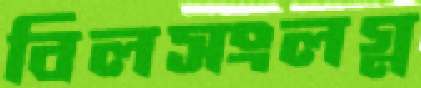
বিলসংলগ্ন